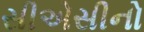
સીએસીનો